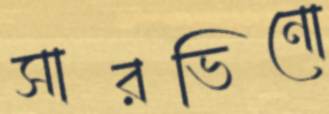
সারভিনো